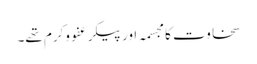
سخاوت کا مجسمہ اور پیکر عفو وکرم تھے۔